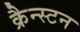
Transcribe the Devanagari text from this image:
क्रैन्स्टन